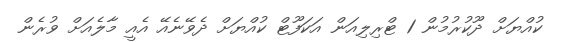
ކުއްޔަށް ދޫކުރުމުން 1 ޓްރިލިއަން އަކަފޫޓް ކުއްޔަށް ދެވޭނެއޭ އެއީ މާލެއަށް ވުރެން